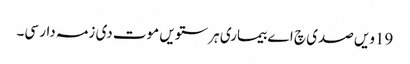
19ویں صدی چ اے بیماری ہر ستویں موت دی زمہ دار سی۔